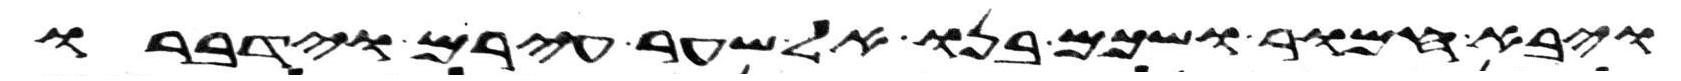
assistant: ויבא חמור ושכם בנו אל שער עירם וידברו